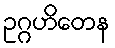
ဥဂ္ဂဟိတေန